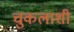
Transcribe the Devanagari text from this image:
चुकलाशी